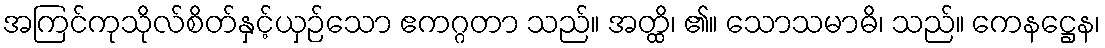
အကြင်ကုသိုလ်စိတ်နှင့်ယှဉ်သော ဧကဂ္ဂတာ သည်။ အတ္ထိ၊ ၏။ သောသမာဓိ၊ သည်။ ကေနဋ္ဌေန၊